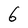
Character: 6